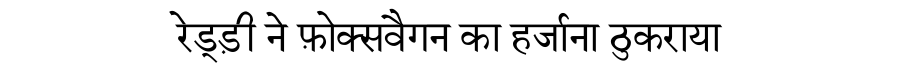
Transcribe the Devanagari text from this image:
रेड्ड़ी ने फ़ोक्सवैगन का हर्जाना ठुकराया